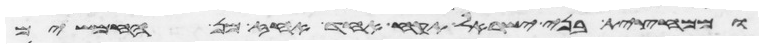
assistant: וממחצית בני ישראל תקח אחד אחז מן החמשים